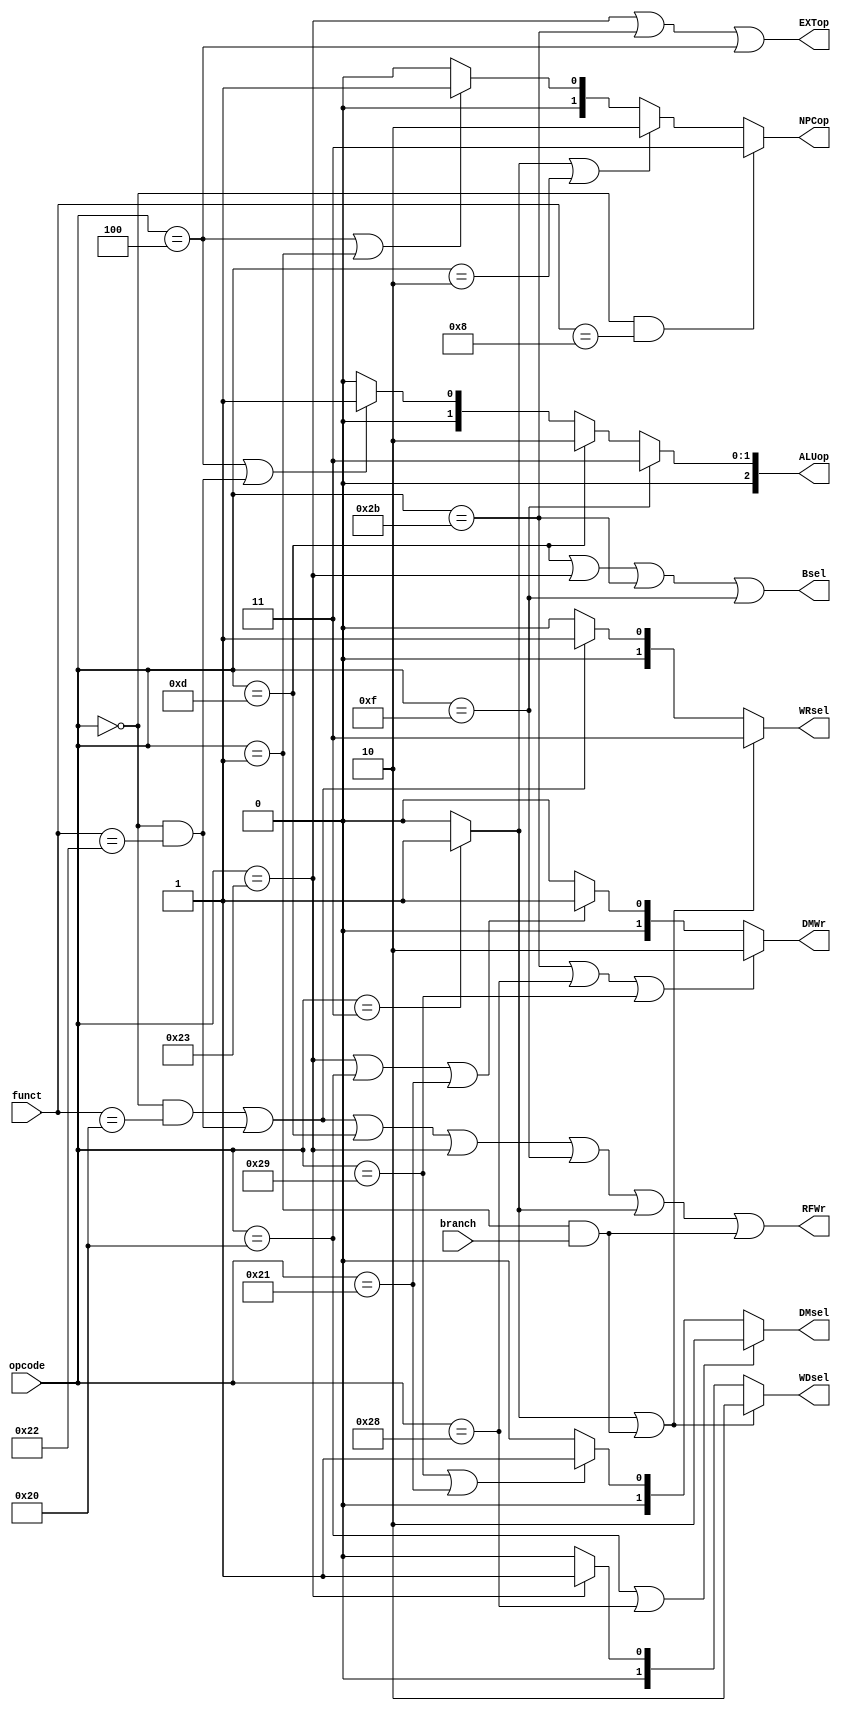
`timescale 1ns / 1ps
module Control(
    input branch,
    input [5:0] opcode,
    input [5:0] funct,
    output [1:0] NPCop,
    output [1:0] WRsel,
    output [1:0] WDsel,
    output RFWr,
    output EXTop,
    output Bsel,
    output [2:0] ALUop,
    output [1:0]DMWr,
    output [1:0] DMsel
    );
	 wire special,add,sub,jr,jal,j,lb,lh,lw,sb,sh,sw,ori,lui,beq;
	 assign special = (opcode == 6'b000000);
	 assign add = (special && funct == 6'b100000);
	 assign sub = (special && funct == 6'b100010);
	 assign jr = (special && funct == 6'b001000);
	 assign ori = (opcode == 6'b001101);
	 assign lw = (opcode == 6'b100011);
	 assign sw = (opcode == 6'b101011);
	 assign beq = (opcode == 6'b000100);
	 assign lui = (opcode == 6'b001111);
	 assign j = (opcode == 6'b000010);
	 assign jal = (opcode == 6'b000011)?1'b1:1'b0;
	 assign lb = (opcode == 6'b100000);
	 assign lh = (opcode == 6'b100001);
	 assign sb = (opcode == 6'b101000);
	 assign sh = (opcode == 6'b101001);
	 assign bltzal = (opcode == 6'b000001);
	 assign NPCop = (jr)?2'b11:
	                (jal | j)?2'b10:
						 (beq | bltzal)?2'b01:
						  2'b00;
	 assign WRsel = (jal | (bltzal && branch))?2'b11:
	                (add | sub)?2'b01:
						 2'b00;
	 assign WDsel = (jal | (bltzal && branch))?2'b10:
	                (lw)?2'b01:
						 2'b00;
	 assign RFWr = (add | sub | ori | lw | lui | jal | (bltzal && branch));
	 assign EXTop = (lw | sw | beq);
	 assign Bsel = (ori | lw | sw | lui);
	 assign ALUop = (lui)?3'b011:
	                (ori)?3'b010:
						 (beq | sub)?3'b001:
						 3'b000;
	 assign DMWr = (sw | sb | sh )?2'b10:
	               (lw | lb | lh )?2'b01:
						2'b00;
	 assign DMsel = (lb | sb)?2'b10:
	                (sh | lh)?2'b01:
						 2'b00;


endmodule